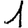
Digit: 1